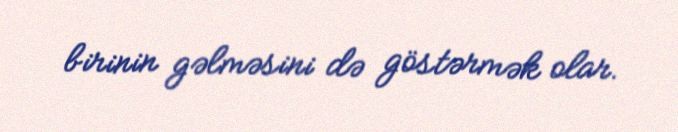
birinin gəlməsini də göstərmək olar.